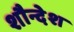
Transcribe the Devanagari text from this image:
शौन्देश